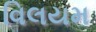
વિલયમ